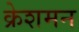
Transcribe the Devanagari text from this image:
क्रेशमन